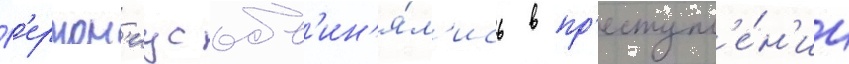
Г'ермон'иус обв'ин'я́л'ись в пр'еступл'е́н'ии